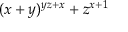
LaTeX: ( x + y ) ^ { y z + x } + z ^ { x + 1 }